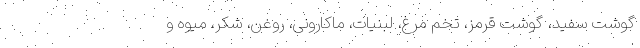
گوشت سفید، گوشت قرمز، تخم مرغ، لبنیات، ماکارونی، روغن، شکر، میوه و